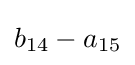
b_{14}-a_{15}